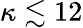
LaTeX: \kappa\lesssim 12